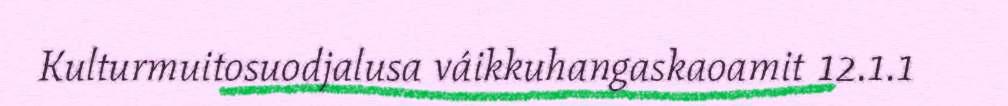
Kulturmuitosuodjalusa váikkuhangaskaoamit 12.1.1